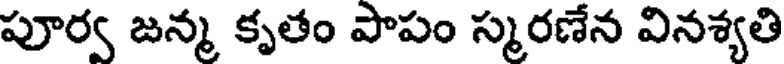
పూర్వ జన్మ కృతం పాపం స్మరణేన వినశ్యతి